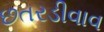
છતરડીવાવ